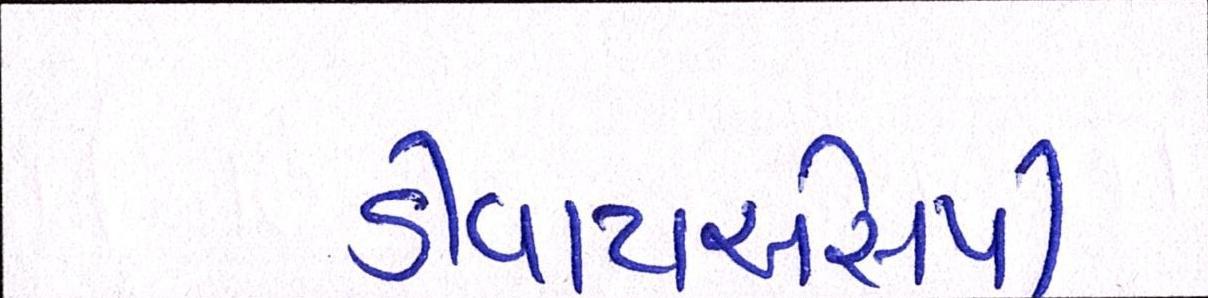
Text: ડીવાયએસપી